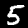
Digit: 5